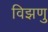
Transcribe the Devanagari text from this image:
विझणु